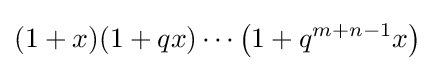
(1+x)(1+qx)\cdots \left(1+q^{m+n-1}x\right)